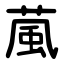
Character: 葻